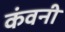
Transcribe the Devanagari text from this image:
कंवनी